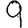
Digit: 9